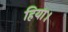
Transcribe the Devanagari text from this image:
हिया।